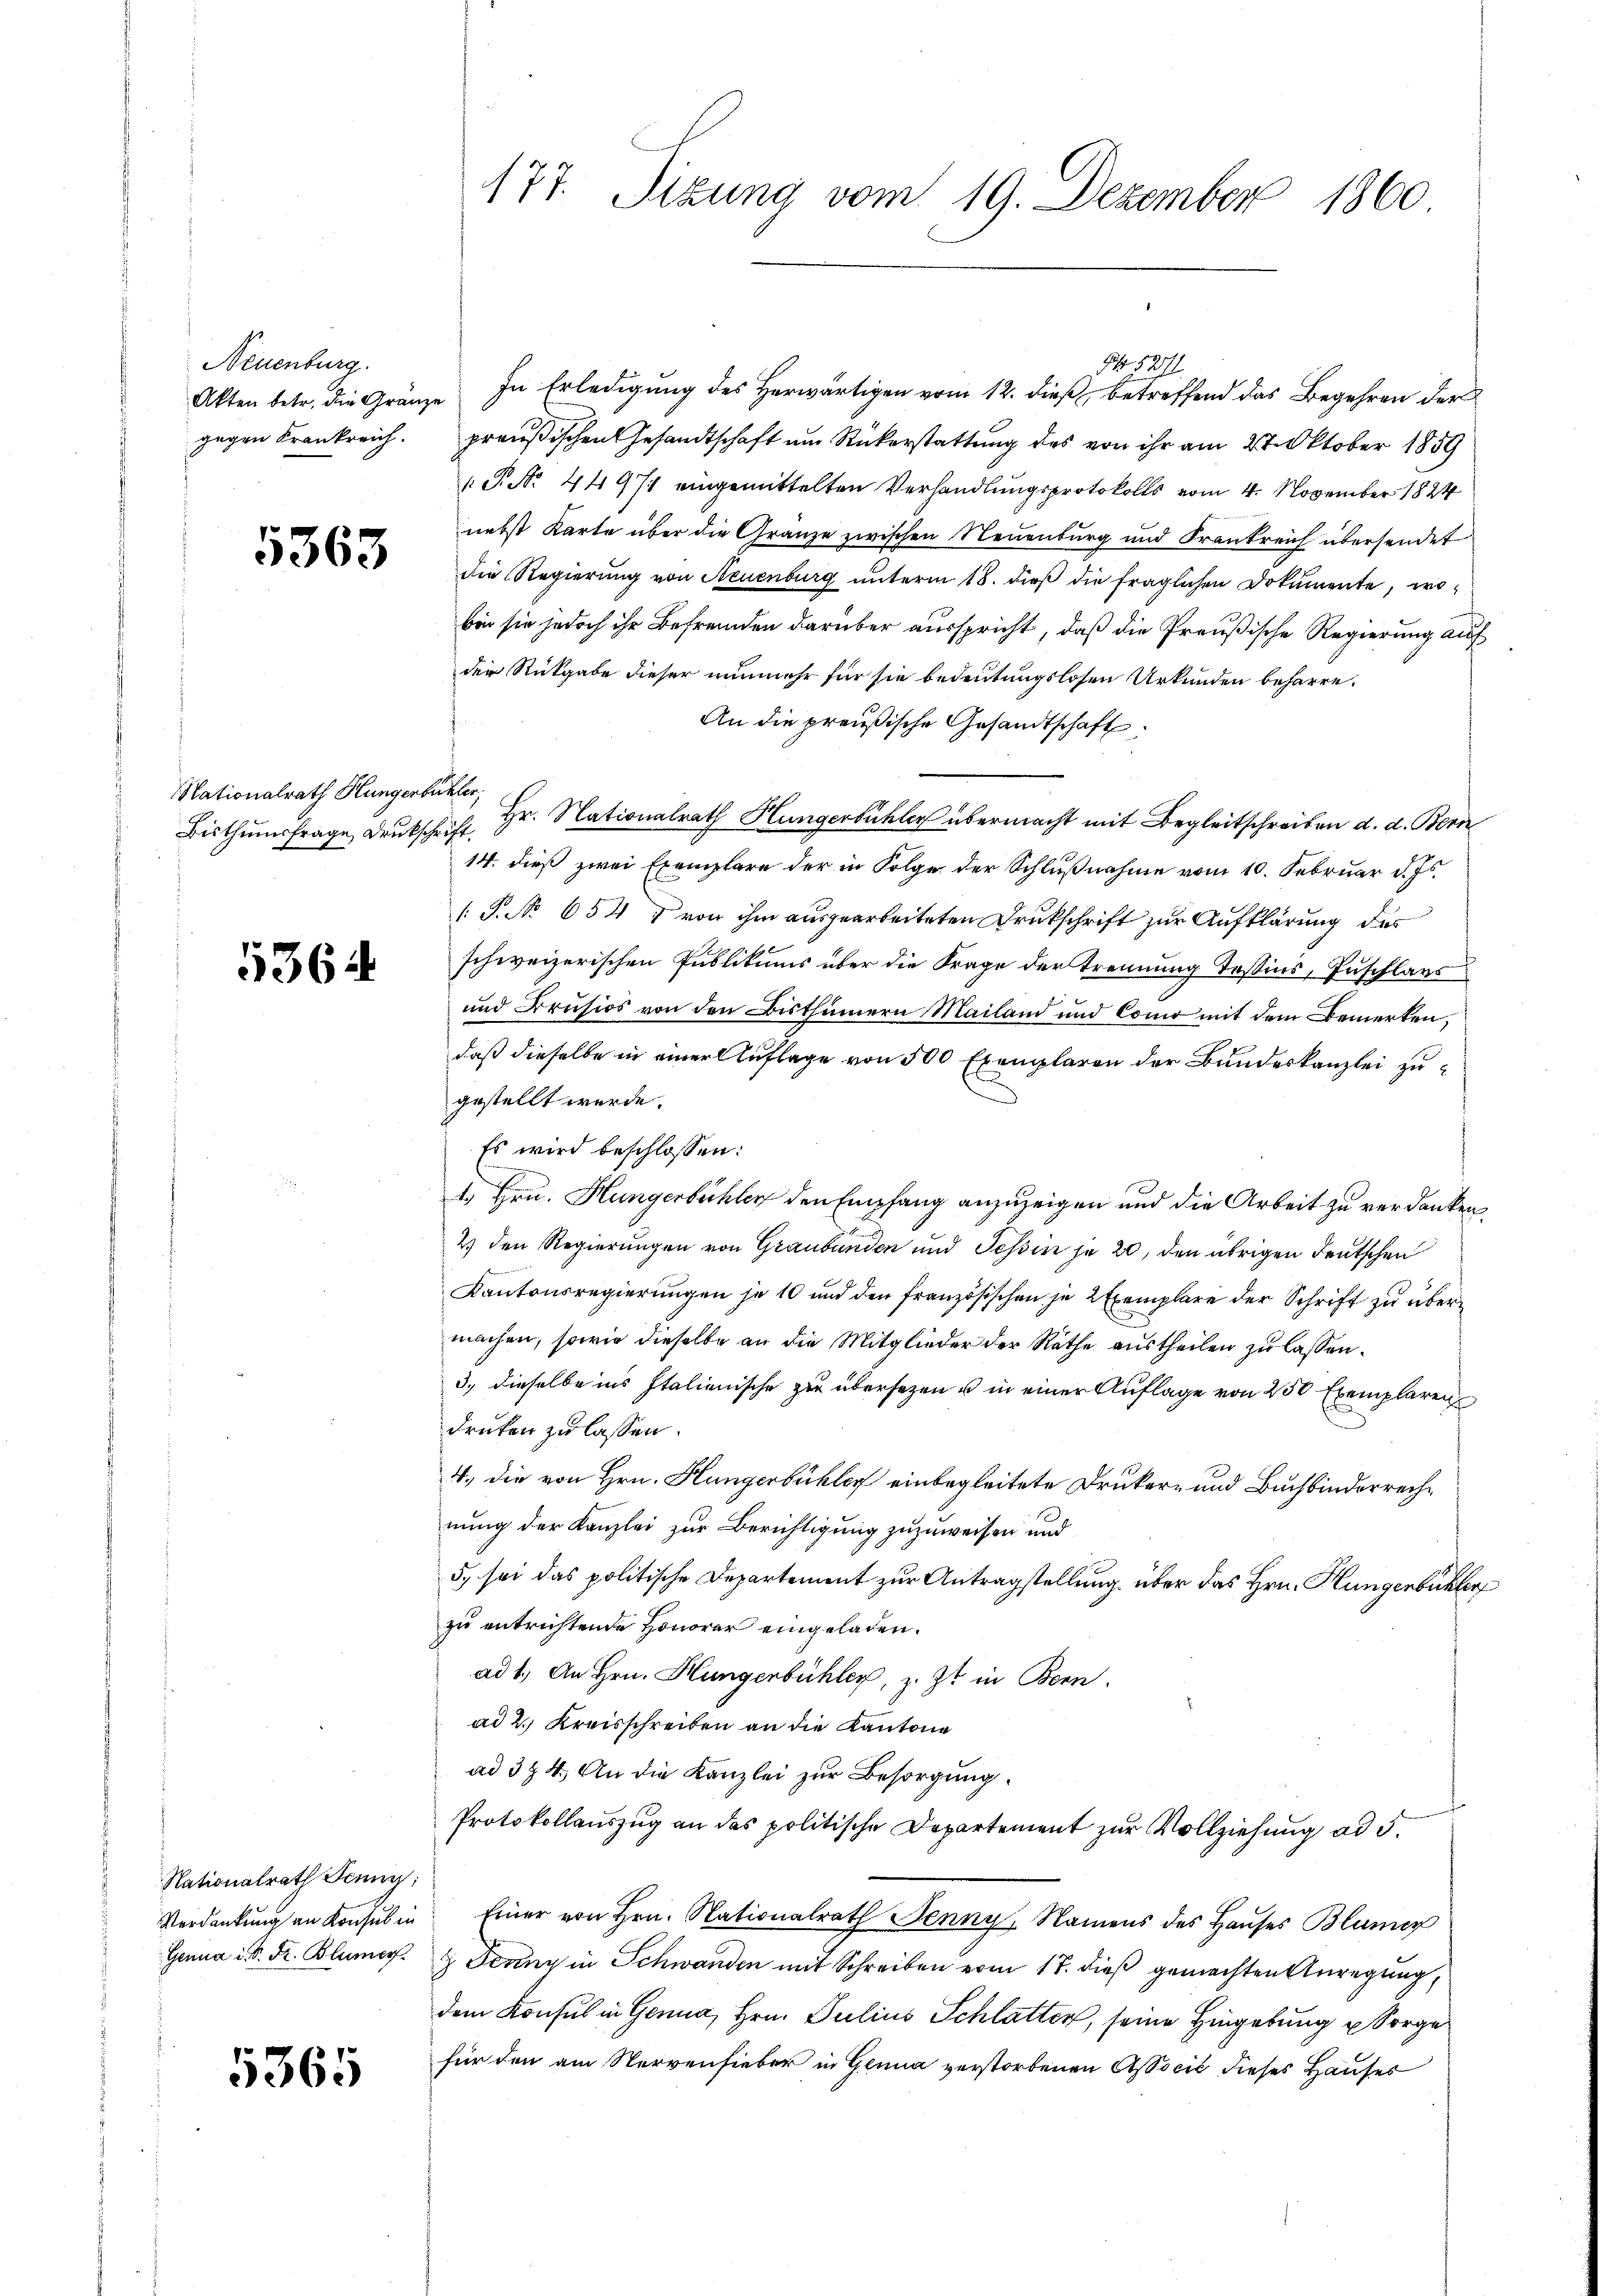
Neuenburg.
Akten betr. die Gränz
gegen Krankreich.

5363

Nationalrath Hungerbr
Bisthumsfrage Drucksch

5364

Nationalrath Jenne,
Verdankung an Konsul in
Genua i. S. Fr. Blumerf

5365

177. Sizung vom 19. Dezember 1860

In Erledigung des Herwärtigen vom 12. dieß, betreffend das Begehren der
n
preußischen Gesandtschaft um Rückerstattung des von ihr am 27. Oktober 1859
 P. No. 44971 eingemittelten Verhandlungsprotokolls vom 4. November 1824
nebst Karte über die Gränze zwischen Neuenburg und Frankreich übersendet
die Regierung von Neuenburg unterm 18. dieß die fraglichen Dokumente, wobin sie jedoch ihr Befremden darüber ausspricht, daß die Preußische Regierung auf
der Rückgabe dieser nunmehr für sie bedeutungslosen Urkunden beharre.
An die preußische Gesandtschaft
utter
 Hr. Nationalrath Hungerbühler übermacht mit Begleitschreiben d. d. Bern
14. dieß zwei Exemplare der in Folge der Schlußnahme vom 10. Februar d. Js.
[P. No 654 & von ihm ausgearbeiteten Drukschrift zur Aufklärung des
schweizerischen Publikums über die Frage der Trennung Tessins, Zuschlags
und Krusios von den Bisthümern Mailand und Como mit dem Bemerken,
daß dieselbe in einer Auflage von 500 Exemplaren der Bundeskanzlei zugestellt werde.
Es wird beschlossen:
1. Hrn. Hungerbüchler den Empfang anzuzeigen und die Arbeit zu verdanken,
2) den Regierungen von Graubünden und Tessin je 20, den übrigen Deutschen
Kantonsregierungen je 10 und den französischen je 2 Exemplare der Schrift zu übermachen, sowie dieselbe an die Mitglieder der Räthe austheilen zu lassen.
3., dieselbe ins Italienische zu übersetzen u in einer Auflage von 250 Exemplaren
druken zu lassen.
4., die von Hrn. Hungerbühler einbegleitete Druker- und Buchbinderrechnung der Kanzlei zur Berichtigung zuzuweisen und
5. sei das politische Departement zur Antragstellung über das Hrn. Hungenbüchler
zu entrichtende Honorar eingeladen.
ad 1. An Hrn. Hungenbühler, z. Zt. in Bonn.
ad 2. Kreisschreiben an die Kantone
ad 324. An die Kanzlei zur Besorgung.
Protokollauszug an das politische Departement zur Vollziehung ad 5.
Einer von Hrn. Nationalrath Jenny, Namens des Haŭses Blumer
& Jenny in Schwanden mit Schreiben vom 17. dieß gemachten Anregung,
dem Konsul in Genua, Hrn. Julius Schlatter, seine Hingebung u Sorge
für den am Nervenfieber in Genua verstorbenen Associć dieses Hauses

N 5271